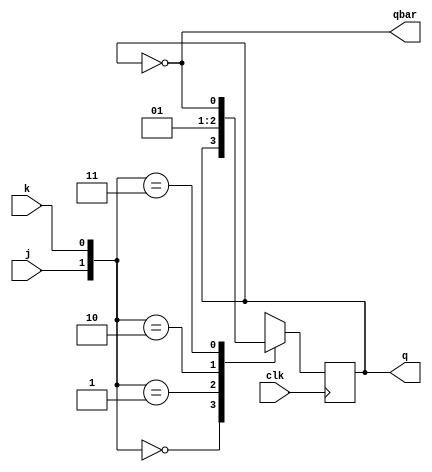
module jk_ff(input clk,j,k,output reg q=0,output qbar);
assign qbar=~q;
always@(posedge clk)
begin
case({j,k})
2'b00:q<=q;
2'b01:q<=0;
2'b10:q<=1;
2'b11:q<=~q;
endcase
end
endmodule